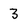
Character: 3